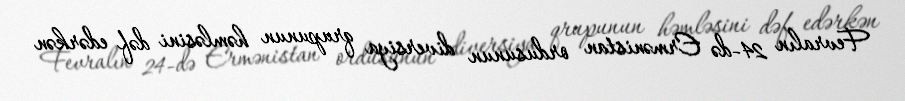
Fevralın 24-də Ermənistan ordusunun diversiya qrupunun həmləsini dəf edərkən